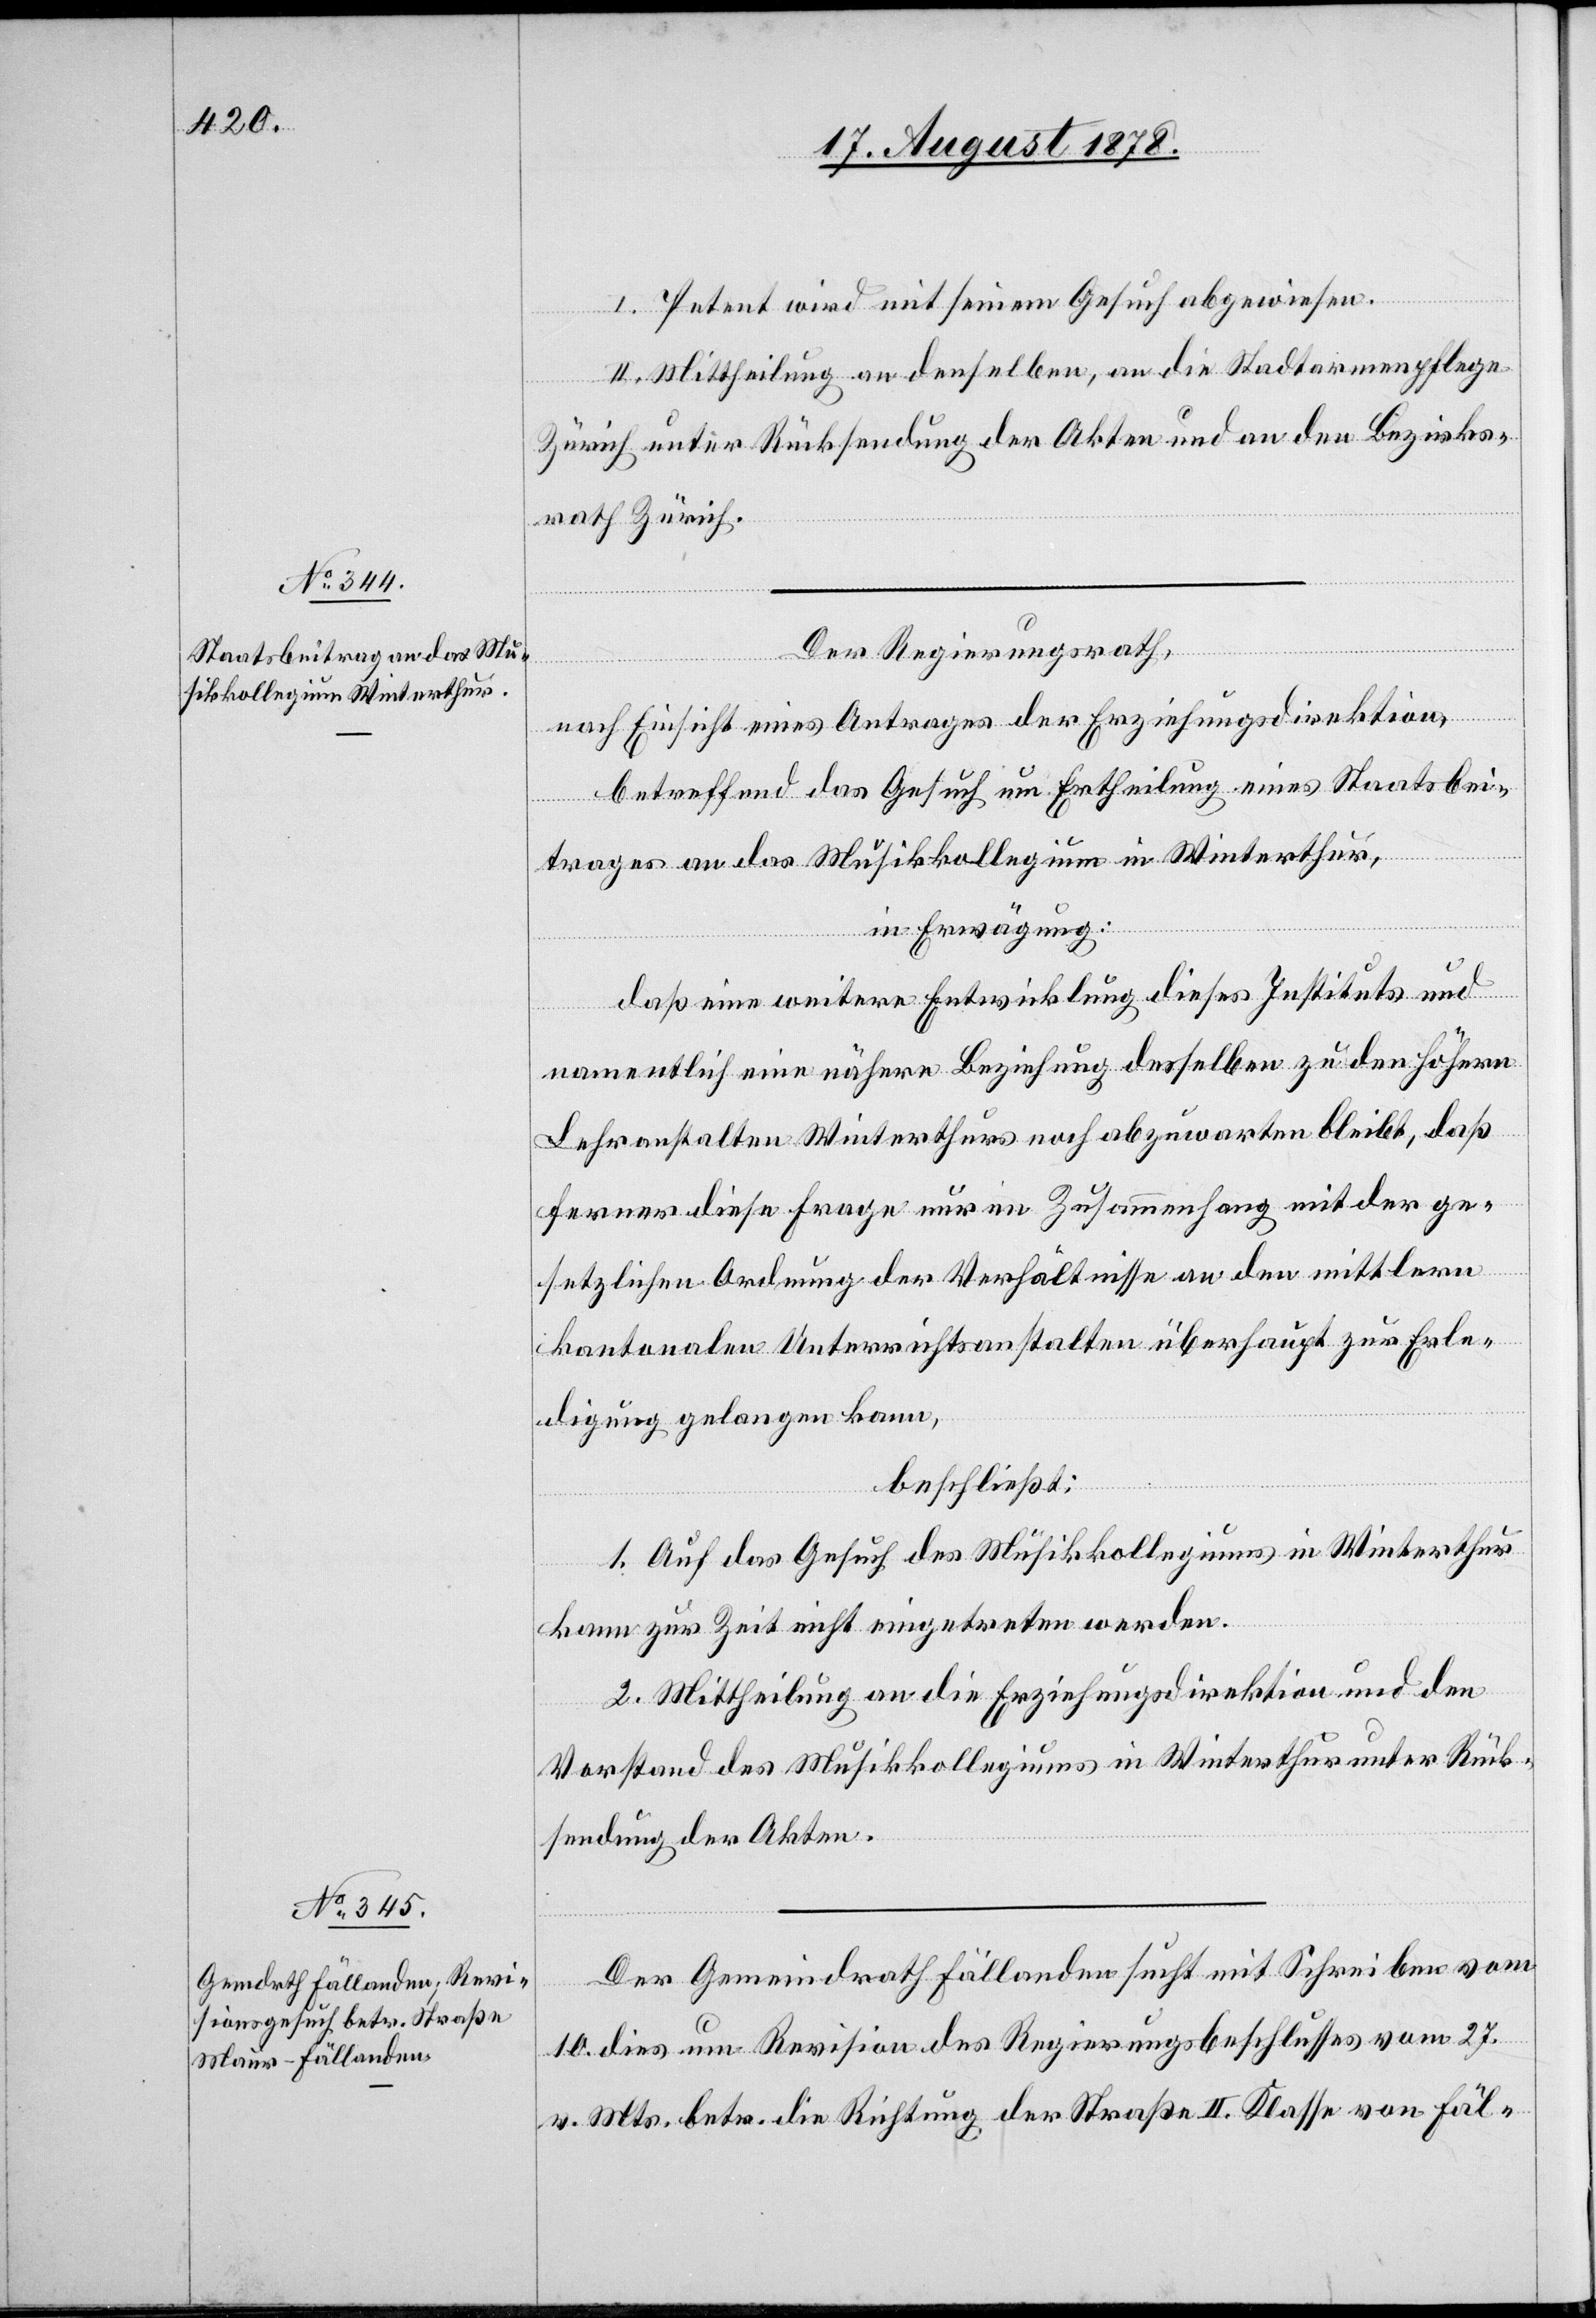
I. Petent wird mit seinem Gesuch abgewiesen.
II. Mittheilung an denselben, an die Stadtarmenpflege
Zürich unter Rücksendung der Akten und an den Bezirks¬
rath Zürich.
Der Regierungsrath,
nach Einsicht eines Antrages der Erziehungsdirektion,
betreffend das Gesuch um Ertheilung eines Staatsbei¬
trages an das Musikkollegium in Winterthur,
in Erwägung:
daß eine weitere Entwicklung dieses Instituts und
namentlich eine nähere Beziehung desselben zu den höhern
Lehranstalten Winterthurs noch abzuwarten bleibt, daß
ferner diese Frage nur im Zusammenhang mit der ge¬
setzlichen Ordnung der Verhältnisse an den mittlern
kantonalen Unterrichtsanstalten überhaupt zur Erle¬
digung gelangen kann,
beschließt:
1. Auf das Gesuch des Musikkollegiums in Winterthur
kann zur Zeit nicht eingetreten werden.
2. Mittheilung an die Erziehungsdirektion und den
Vorstand des Musikkollegiums in Winterthur unter Rück¬
sendung der Akten.
Der Gemeindrath Fällanden sucht mit Schreiben vom
10. dies um Revision des Regierungsbeschlusses vom 27.
v. Mts. betr. die Richtung der Straße II. Klasse von Fäl-